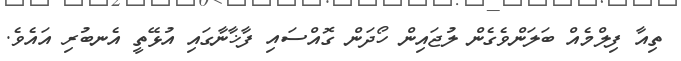
ތިއާ ފިލްމެއް ބަލަންވެގެން ލުޖައިން ހޯދަން ގޮއްސައި ފާޚާނާގައި އުޅޭތީ އެނބުރި އައެވެ.